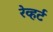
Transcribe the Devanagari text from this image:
रेव्हर्ट